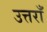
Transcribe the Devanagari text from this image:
उत्तराँ